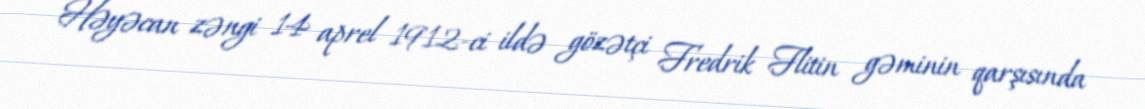
Həyəcan zəngi 14 aprel 1912-ci ildə gözətçi Fredrik Flitin gəminin qarşısında